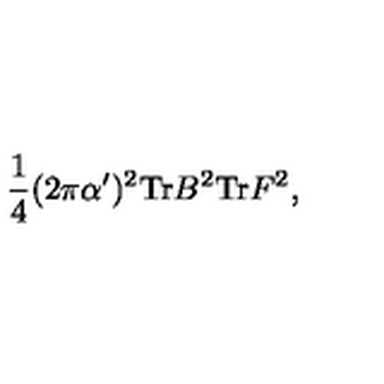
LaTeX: \frac { 1 } { 4 } ( 2 \pi \alpha ^ { \prime } ) ^ { 2 } \mathrm { T r } B ^ { 2 } \mathrm { T r } F ^ { 2 } ,